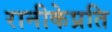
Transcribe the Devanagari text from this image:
रानीकेप्रति